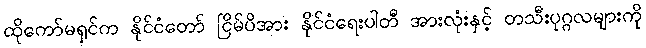
ထိုကော်မရှင်က နိုင်ငံတော် ငြိမ်ပိအား နိုင်ငံရေးပါတီ အားလုံးနှင့် တသီးပုဂ္ဂလများကို